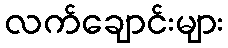
လက်ချောင်းများ